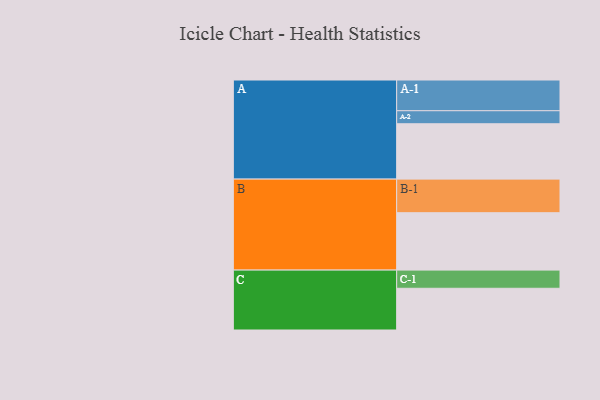
{"axis": {"x": "Segment", "y": "Value"}, "legend": ["", "A", "B", "C"], "data": [{"x": "A", "y": 463, "type": ""}, {"x": "B", "y": 480, "type": ""}, {"x": "C", "y": 349, "type": ""}, {"x": "A-1", "y": 257, "type": "A"}, {"x": "A-2", "y": 109, "type": "A"}, {"x": "B-1", "y": 281, "type": "B"}, {"x": "C-1", "y": 152, "type": "C"}]}